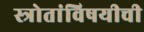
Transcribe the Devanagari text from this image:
स्त्रोतांविषयीची